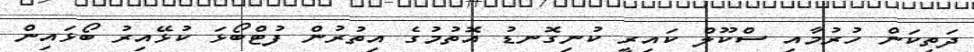
ދަތިކަން ހުރުމާއި ސްކޫލް ކައިރީ ކުނިގޮނޑު އޮތުމުގެ އިތުރުން ފުޓްބޯޅަ ކުޅޭއިރު ބޯޅައިން